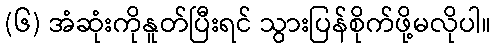
(၆) အံဆုံးကိုနူတ်ပြီးရင် သွားပြန်စိုက်ဖို့မလိုပါ။